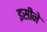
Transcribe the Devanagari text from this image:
इसीने